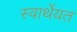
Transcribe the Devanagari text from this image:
स्वार्थेयत